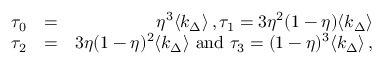
\begin{array} { r l r } { \tau _ { 0 } } & { = } & { \eta ^ { 3 } \langle k _ { \Delta } \rangle \, , \tau _ { 1 } = 3 \eta ^ { 2 } ( 1 - \eta ) \langle k _ { \Delta } \rangle } \\ { \tau _ { 2 } } & { = } & { 3 \eta ( 1 - \eta ) ^ { 2 } \langle k _ { \Delta } \rangle \mathrm { ~ a n d ~ } \tau _ { 3 } = ( 1 - \eta ) ^ { 3 } \langle k _ { \Delta } \rangle \, , } \end{array}